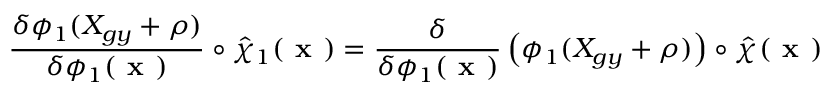
\frac { \delta \phi _ { 1 } ( X _ { g y } + \rho ) } { \delta \phi _ { 1 } ( \textbf { x } ) } \circ \hat { \chi } _ { 1 } ( \textbf { x } ) = \frac { \delta } { \delta \phi _ { 1 } ( \textbf { x } ) } \left( \phi _ { 1 } ( X _ { g y } + \rho ) \right) \circ \hat { \chi } _ { } ( \textbf { x } )